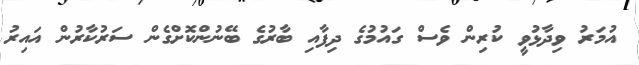
އުމަރު ވިދާޅުވީ ކުރިން ވެސް ގައުމުގެ ދިފާއި ބާރުގެ ބޭނުންކޮށްގެން ސަރުކާރުން އައިރު